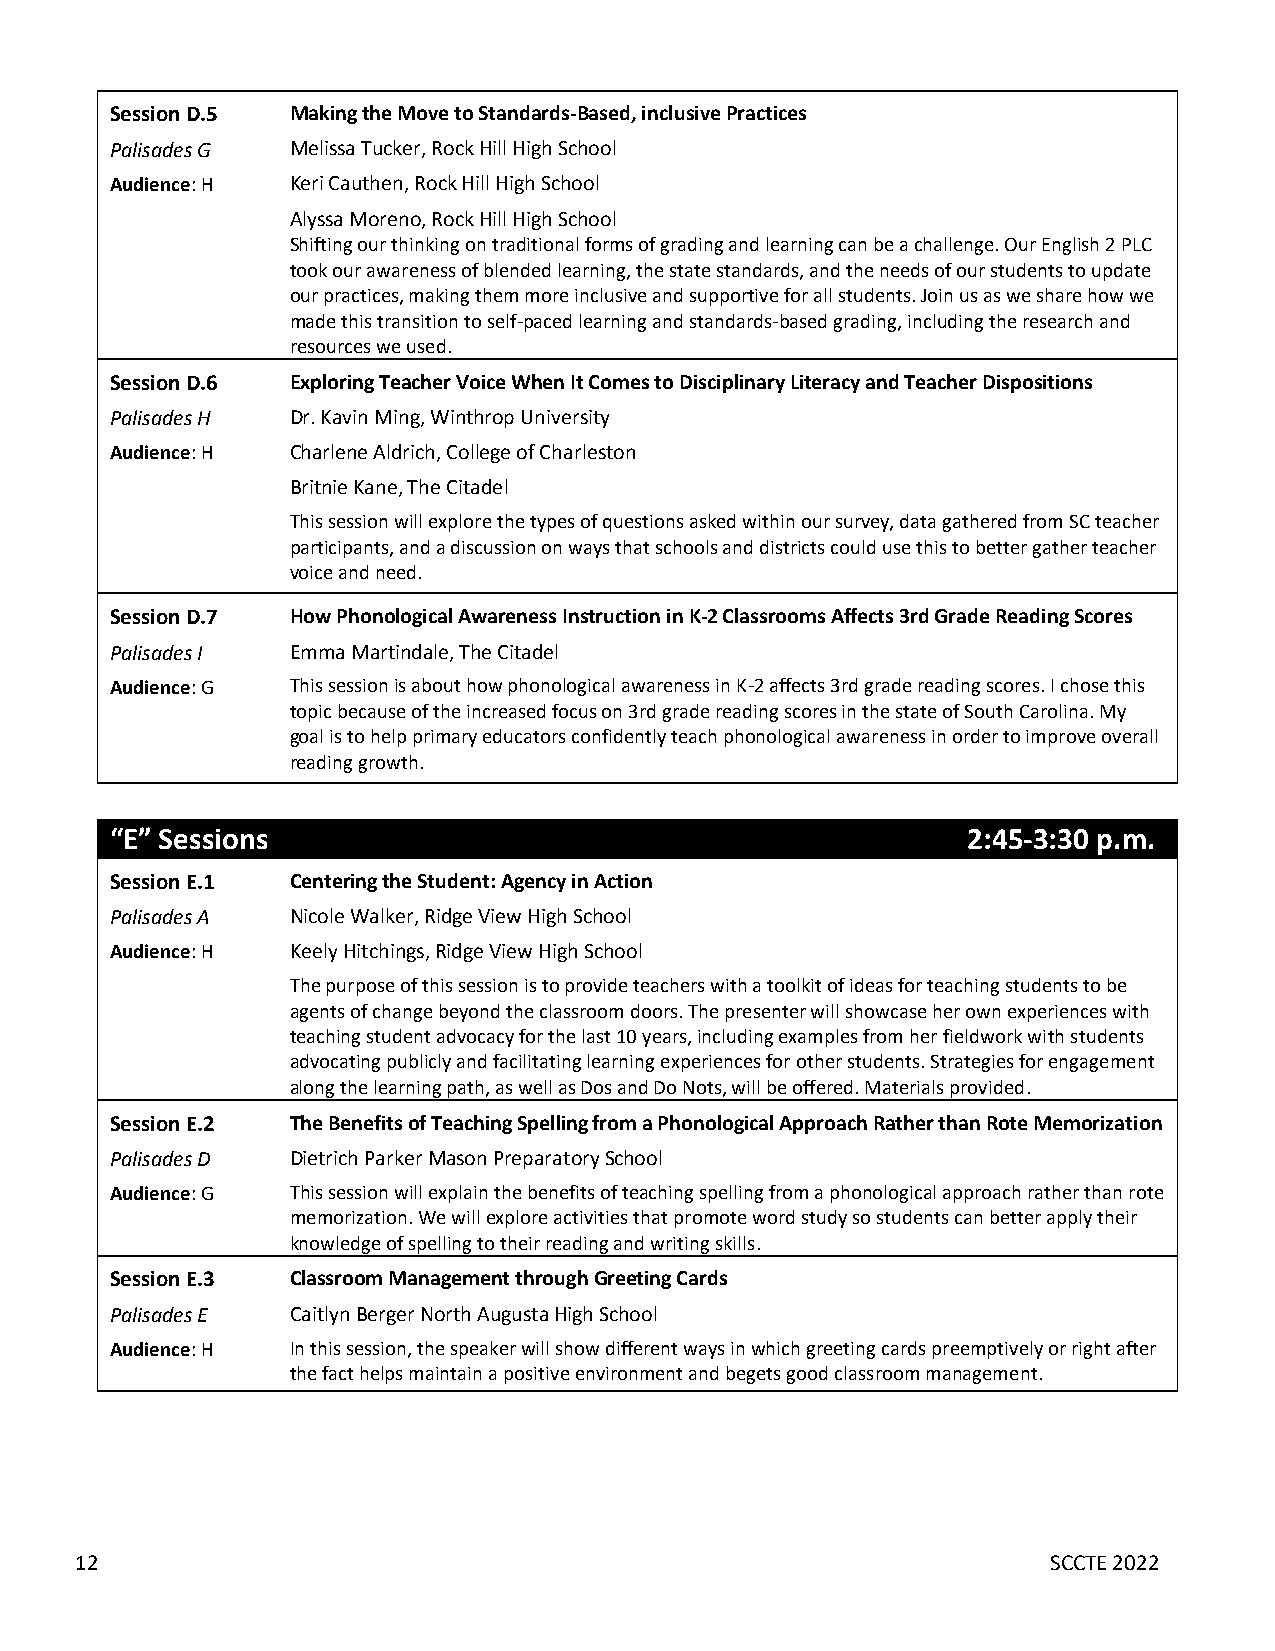
Session D.5 Making the Move to Standards-Based, inclusive Practices
 Palisades G Melissa Tucker, Rock Hill High School
 Audience: H Keri Cauthen, Rock Hill High School
 Alyssa Moreno, Rock Hill High School
 Shifting our thinking on traditional forms of grading and learning can be a challenge. Our English 2 PLC
 took our awareness of blended learning, the state standards, and the needs of our students to update
 our practices, making them more inclusive and supportive for all students. Join us as we share how we
 made this transition to self-paced learning and standards-based grading, including the research and
 resources we used.
 Session D.6 Exploring Teacher Voice When It Comes to Disciplinary Literacy and Teacher Dispositions
 Palisades H Dr. Kavin Ming, Winthrop University
 Audience: H Charlene Aldrich, College of Charleston
 Britnie Kane, The Citadel
 This session will explore the types of questions asked within our survey, data gathered from SC teacher
 participants, and a discussion on ways that schools and districts could use this to better gather teacher
 voice and need.
 Session D.7 How Phonological Awareness Instruction in K-2 Classrooms Affects 3rd Grade Reading Scores
 Palisades I Emma Martindale, The Citadel
 Audience: G This session is about how phonological awareness in K-2 affects 3rd grade reading scores. I chose this
 topic because of the increased focus on 3rd grade reading scores in the state of South Carolina. My
 goal is to help primary educators confidently teach phonological awareness in order to improve overall
 reading growth.
 “E” Sessions                                             2:45-3:30 p.m.
 Session E.1 Centering the Student: Agency in Action
 Palisades A Nicole Walker, Ridge View High School
 Audience: H Keely Hitchings, Ridge View High School
 The purpose of this session is to provide teachers with a toolkit of ideas for teaching students to be
 agents of change beyond the classroom doors. The presenter will showcase her own experiences with
 teaching student advocacy for the last 10 years, including examples from her fieldwork with students
 advocating publicly and facilitating learning experiences for other students. Strategies for engagement
 along the learning path, as well as Dos and Do Nots, will be offered. Materials provided.
 Session E.2 The Benefits of Teaching Spelling from a Phonological Approach Rather than Rote Memorization
 Palisades D Dietrich Parker Mason Preparatory School
 Audience: G This session will explain the benefits of teaching spelling from a phonological approach rather than rote
 memorization. We will explore activities that promote word study so students can better apply their
 knowledge of spelling to their reading and writing skills.
 Session E.3 Classroom Management through Greeting Cards
 Palisades E Caitlyn Berger North Augusta High School
 Audience: H In this session, the speaker will show different ways in which greeting cards preemptively or right after
 the fact helps maintain a positive environment and begets good classroom management.
 12                                                               SCCTE 2022